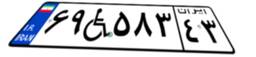
۵۷W۴۶۵۲۸